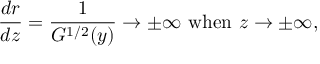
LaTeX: \frac { d r } { d z } = \frac { 1 } { G ^ { 1 / 2 } ( y ) } \to \pm \infty \mathrm { ~ w h e n ~ } z \to \pm \infty ,